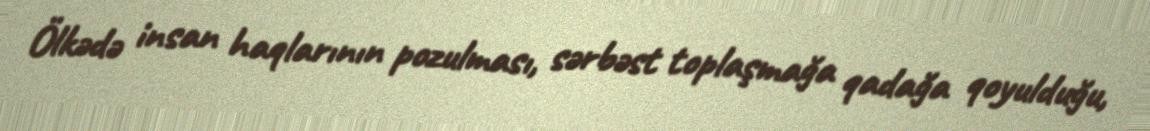
Ölkədə insan haqlarının pozulması, sərbəst toplaşmağa qadağa qoyulduğu,